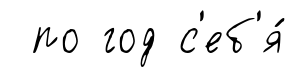
по год с'еб'я́